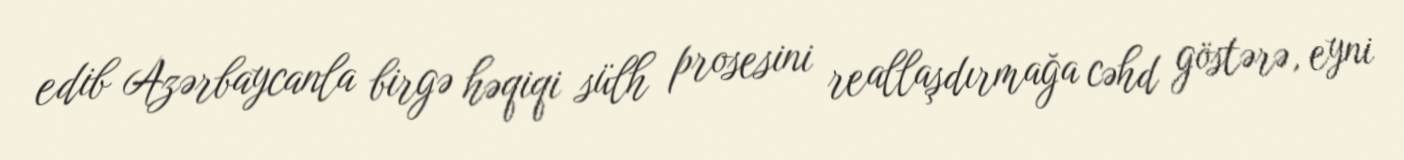
edib Azərbaycanla birgə həqiqi sülh prosesini reallaşdırmağa cəhd göstərə, eyni